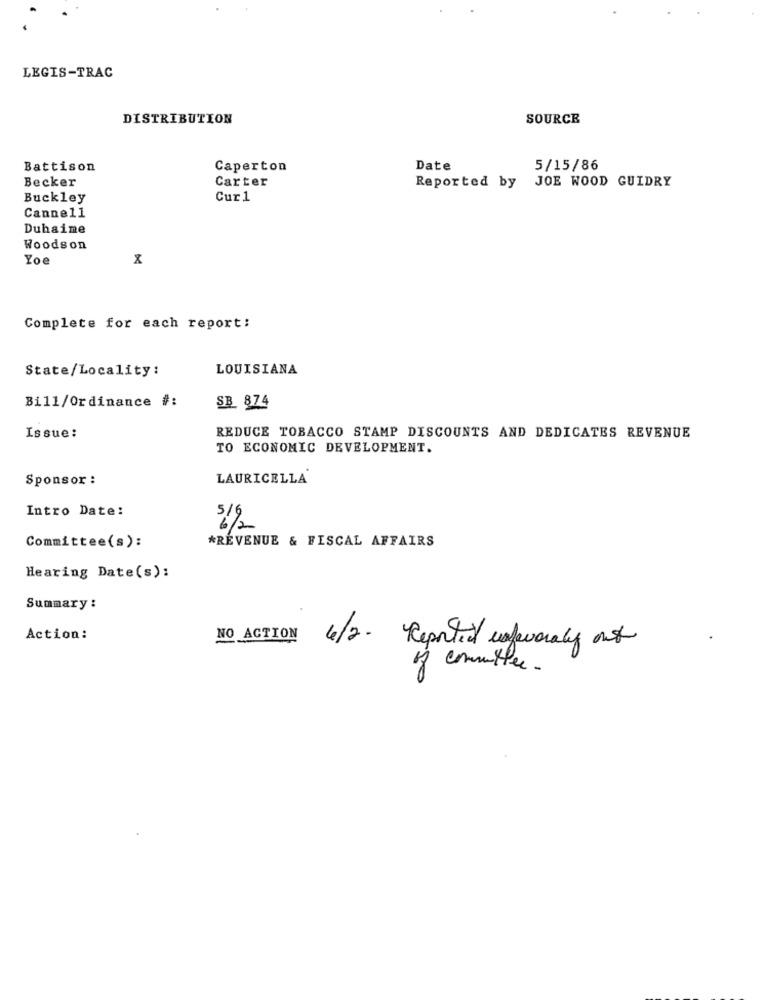
LEGIS-TRAC
DISTRIBUTION
SOURCE
Battison
Caperton
Date
5/15/86
Becker
JOE WOOD GUIDRY
Carter
Reported by
Buckley
Cur1
Cannell
Duhaime
Woodson
Yoe
Complete for each report:
State/Locality :
LOUISIANA
Bill/Ordinance #:
SB 874
Issue:
REDUCE TOBACCO STAMP DISCOUNTS AND DEDICATES REVENUE
TO ECONOMIC DEVELOPMENT.
Sponsor :
LAURICELLA
Intro Date:
6/2
*REVENUE & FISCAL AFFAIRS
Committee(s):
Hearing Date(s):
Summary :
Action:
NO ACTION
4/2. Reported infeworaly out
of committee.
00